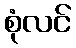
စုံလင်